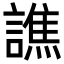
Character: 譙